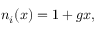
\begin{array} { r } { n _ { i } ( x ) = 1 + g x , } \end{array}